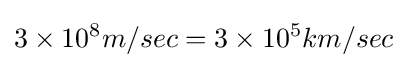
3\times 10^{8}m/sec=3\times 10^{5}km/sec